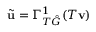
\tilde { \mathbf { u } } = \Gamma _ { T \hat { G } } ^ { 1 } ( T \mathbf { v } )